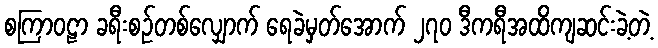
စကြာဝဠာ ခရီးစဉ်တစ်လျှောက် ရေခဲမှတ်အောက် ၂၇၀ ဒီကရီအထိကျဆင်းခဲ့တဲ့